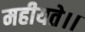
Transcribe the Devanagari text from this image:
महीयते।।